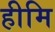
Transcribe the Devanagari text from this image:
हीमि